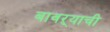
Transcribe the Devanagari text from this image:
बावऱ्याची